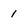
Character: 1